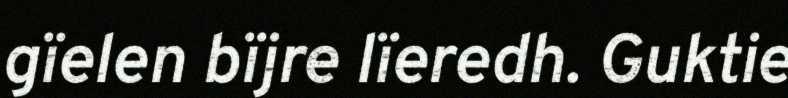
gïelen bïjre lïeredh. Guktie